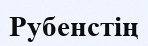
Рубенстің